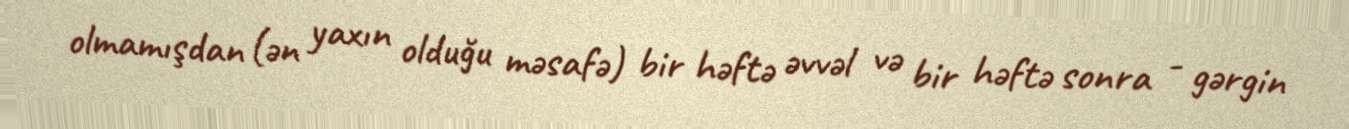
olmamışdan (ən yaxın olduğu məsafə) bir həftə əvvəl və bir həftə sonra - gərgin